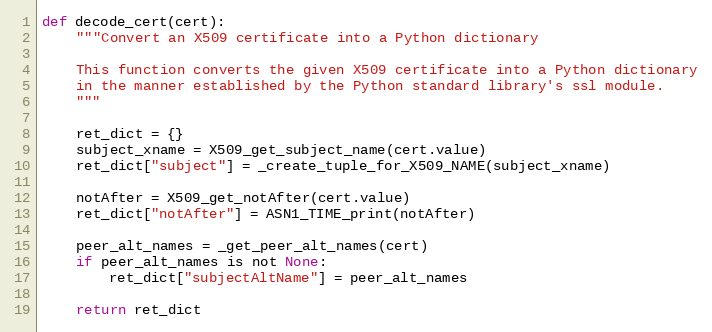
Language: Python
def decode_cert(cert):
    """Convert an X509 certificate into a Python dictionary

    This function converts the given X509 certificate into a Python dictionary
    in the manner established by the Python standard library's ssl module.
    """

    ret_dict = {}
    subject_xname = X509_get_subject_name(cert.value)
    ret_dict["subject"] = _create_tuple_for_X509_NAME(subject_xname)

    notAfter = X509_get_notAfter(cert.value)
    ret_dict["notAfter"] = ASN1_TIME_print(notAfter)

    peer_alt_names = _get_peer_alt_names(cert)
    if peer_alt_names is not None:
        ret_dict["subjectAltName"] = peer_alt_names

    return ret_dict